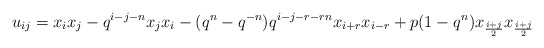
\begin{align*}u_{ij}=x_{i}x_{j}-q^{i-j-n}x_{j}x_{i}-(q^{n}-q^{-n})q^{i-j-r-rn}x_{i+r}x_{i-r}+p(1-q^{n})x_{\frac{i+j}{2}}x_{\frac{i+j}{2}}\end{align*}